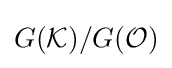
G({\mathcal {K}})/G({\mathcal {O}})